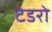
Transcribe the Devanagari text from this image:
टेडरो